Leaving Certificate Examination, 1919
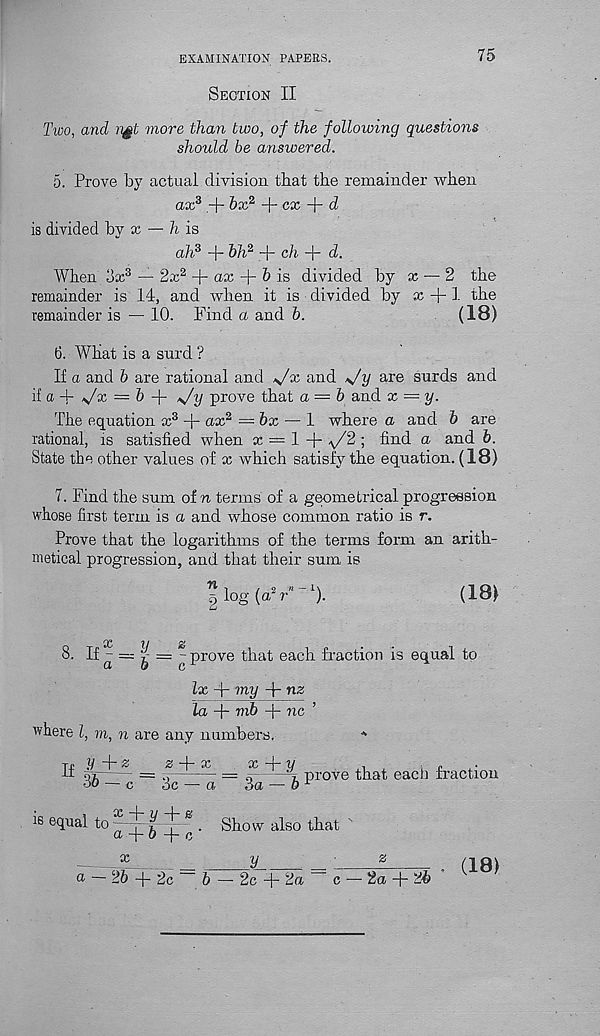
EXAMINATION PAPEES.
75
Section II
Two, and n§t more than two, of the following questions
should be answered.
5. Prove by actual division that the remainder when
ax 3 .+ bx 2
cx
d
is divided hjx — h is
ah 3 + bh 2 + ch + d.
When 3x 3 — 2x 2
ax + & is divided by x — 2 the
remainder is 14, and when it is divided by x + 1 the
remainder is — 10. Find a and b.
(18)
6. AVhat is a surd ?
If a and b are rational and
and
are surds and
ifa4-, v /x=:& + s/y prove that a — b and x = y.
The equation x 3 -p ax 2 — bx — 1 where a and b are
rational, is satisfied when x = 1 + ^/2 ; find a and b.
State the other values of x which satisfy the equation. (18)
7. Find the sum of n terms of a geometrical progression
whose first term is a and whose common ratio is r.
Prove that the logarithms of the terms form an arith-
metical progression, and that their sum is
!log(aV-).
(18)
8. If- =
a
o
y
prove that each fraction is equal to
lx + my + nz
la -j- mb -j- nc
where l, m, n are any numbers.
If
y
z
z
x —
^
prove that each fraction
Show also that
(18)
is equal to
36 — c
3c — a
x + y + e
a -j- 6 -f- c '
x
a — 26~+2c = b
2c + 2a
c — 2a + 26 '